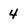
Character: 4